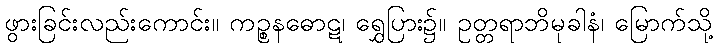
ဖွားခြင်းလည်းကောင်း။ ကဉ္စနဓောဋ၊ ရွှေပြား၌။ ဥတ္တရာဘိမုခါနံ၊ မြောက်သို့